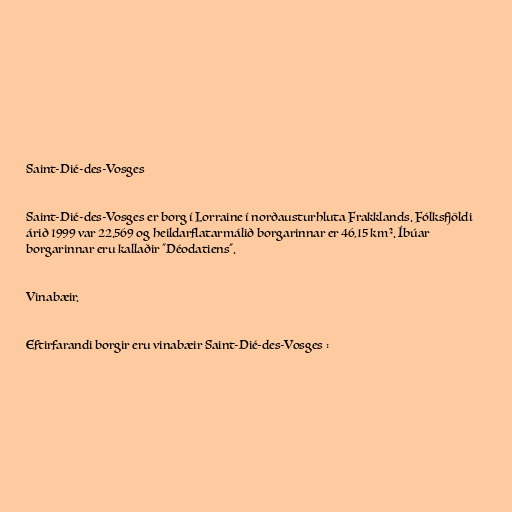
Saint-Dié-des-Vosges

Saint-Dié-des-Vosges er borg í Lorraine í norðausturhluta Frakklands. Fólksfjöldi
árið 1999 var 22.569 og heildarflatarmálið borgarinnar er 46,15 km². Íbúar
borgarinnar eru kallaðir "Déodatiens".

Vinabæir.

Eftirfarandi borgir eru vinabæir Saint-Dié-des-Vosges :